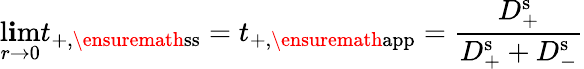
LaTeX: \operatorname*{l\mathbf{i}m}_{r\rightarrow0}t_{+,\ensuremath{{\mathrm{{ss}}}}}=t_{+,\ensuremath{{\mathrm{{app}}}}}=\frac{{D_{+}^{\mathrm{{s}}}}}{{D_{+}^{\mathrm{{s}}}+D_{-}^{\mathrm{{s}}}}}